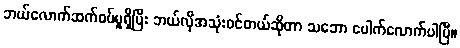
ဘယ်လောက်ဆက်စပ်မှုရှိပြီး ဘယ်လိုအသုံးဝင်တယ်ဆိုတာ သဘော ပေါက်လောက်ပါပြီ။